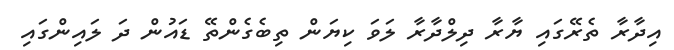
އިދާރާ ތެރޭގައި ޔާރާ ދިލްދާރާ ލަވަ ކިޔަން ތިބެގެންތޭ ޑައުން ދަ ލައިންގައި